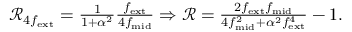
\begin{array} { r } { \mathcal { R } _ { 4 f _ { \mathrm { e x t } } } = \frac { 1 } { 1 + \alpha ^ { 2 } } \frac { f _ { \mathrm { e x t } } } { 4 f _ { \mathrm { m i d } } } \Rightarrow \mathcal { R } = \frac { 2 f _ { \mathrm { e x t } } f _ { \mathrm { m i d } } } { 4 f _ { \mathrm { m i d } } ^ { 2 } + \alpha ^ { 2 } f _ { \mathrm { e x t } } ^ { 4 } } - 1 . } \end{array}